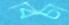
বিচা